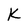
Character: K